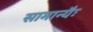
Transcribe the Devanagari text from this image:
सामान्यैः